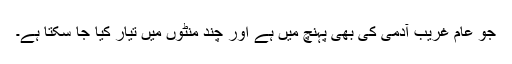
جو عام غریب آدمی کی بھی پہنچ میں ہے اور چند منٹوں میں تیار کیا جا سکتا ہے۔